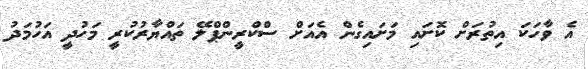
އެ ވާހަކަ އިތުރަށް ކޮށައި މަށައިގެން އެއަށް ސްކްރީންޕްލޭ ތައްޔާރުކުރީ މަހުދީ އަހުމަދު